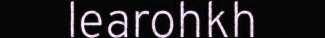
learohkh